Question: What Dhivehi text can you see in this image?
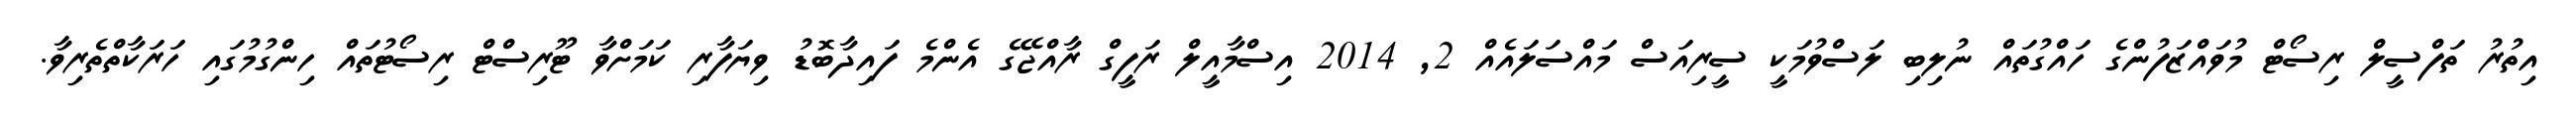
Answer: އިތުރު ތަފްސީލް ރިސޯޓް މުވައްޒަފުންގެ ހައްގުތައް ނުލިބި ލަސްވުމަކީ ސީރިއަސް މައްސަލައެއް 2, 2014 އިސްމާއީލް ރަފީގް ރާއްޖޭގެ އެންމެ ފައިދާބޮޑު ވިޔަފާރި ކަމަށްވާ ޓޫރިސްޓް ރިސޯޓުތައް ހިންގުމުގައި ހަރަކާތްތެރިވާ.